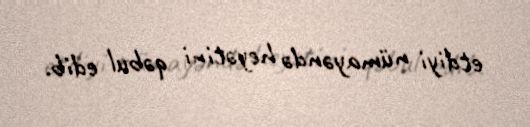
etdiyi nümayəndə heyətini qəbul edib.